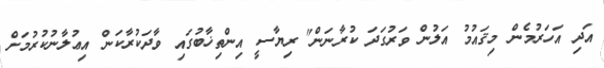
އަދި އަހަރުމެން މިޤައުމު އަލުން ވަރުގަދަ ކުރާނަން" ރިޔާސީ އިންތިޚާބުގައި ވާދަކުރާކަން އިޢުލާނުކުރުމަށް